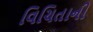
વિચિતાની